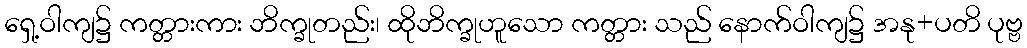
ရှေ့ဝါကျ၌ ကတ္တားကား ဘိက္ခုတည်း၊ ထိုဘိက္ခုဟူသော ကတ္တား သည် နောက်ဝါကျ၌ အနု+ပတိ ပုဗ္ဗ